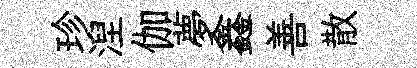
珍湼伽夢鑫善散